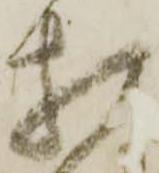
相